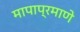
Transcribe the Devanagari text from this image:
मापाप्रमाणे